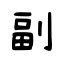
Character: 副